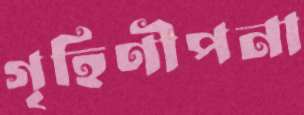
গৃহিণীপনা